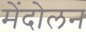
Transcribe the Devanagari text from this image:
मेंदोलन